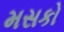
મસકો